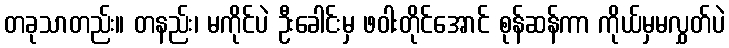
တခုသာတည်း။ တနည်း၊ မကိုင်ပဲ ဦးခေါင်းမှ ဖဝါးတိုင်အောင် စုန်ဆန်ကာ ကိုယ်မှမလွှတ်ပဲ